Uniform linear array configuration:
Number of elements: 24
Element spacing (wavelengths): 0.5
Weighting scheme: binomial
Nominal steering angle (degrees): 15
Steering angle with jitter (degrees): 15.583
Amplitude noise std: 0.05
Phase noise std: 0.05

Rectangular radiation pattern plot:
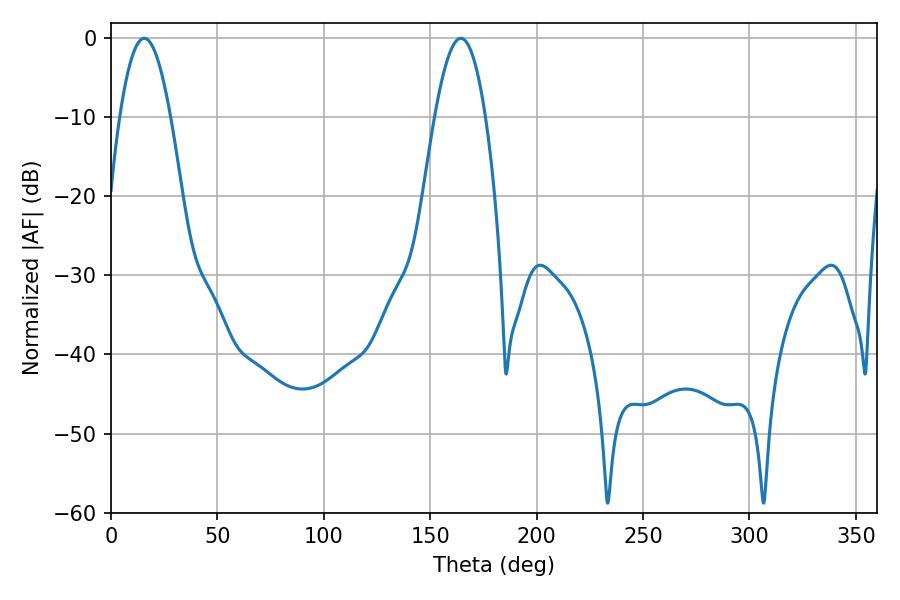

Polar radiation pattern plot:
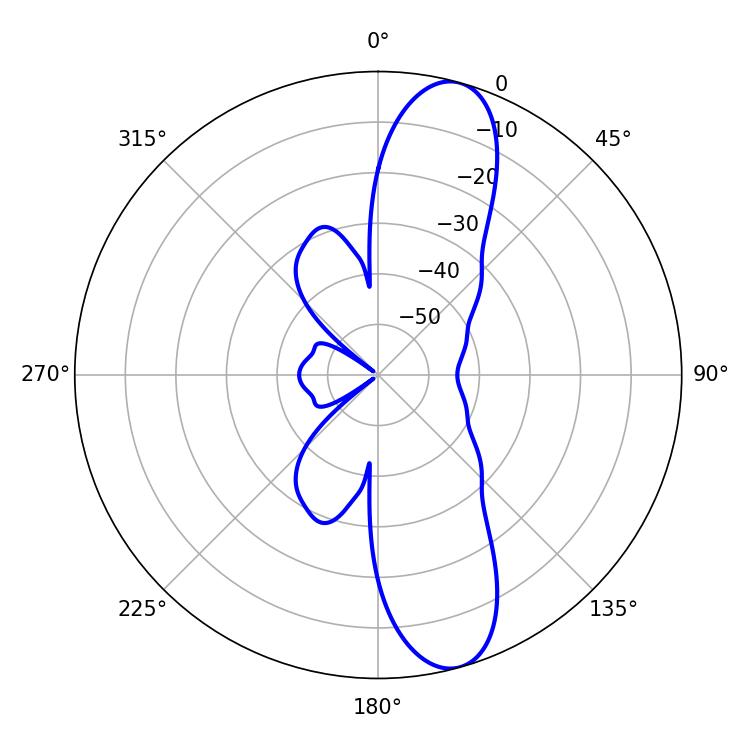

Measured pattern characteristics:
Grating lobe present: FALSE
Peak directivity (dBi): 11.756
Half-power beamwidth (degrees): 12.96
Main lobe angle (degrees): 15.66